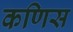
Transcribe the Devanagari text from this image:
कणिस